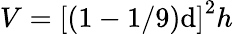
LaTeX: V=\left[\right(1-1/9\left)\mathrm{d}\right]^{2}h